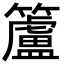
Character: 籚